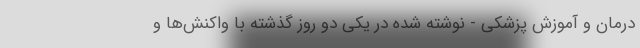
درمان و آموزش پزشکی - نوشته شده در یکی دو روز گذشته با واکنش‌ها و